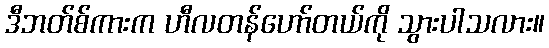
ဒီဘတ်စ်ကားက ဟီလတန်ဟော်တယ်ကို သွားပါသလား။